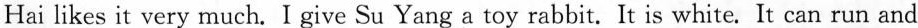
Hai likes it very much. I give Su Yang a toy rabbit. It is white. It can run and